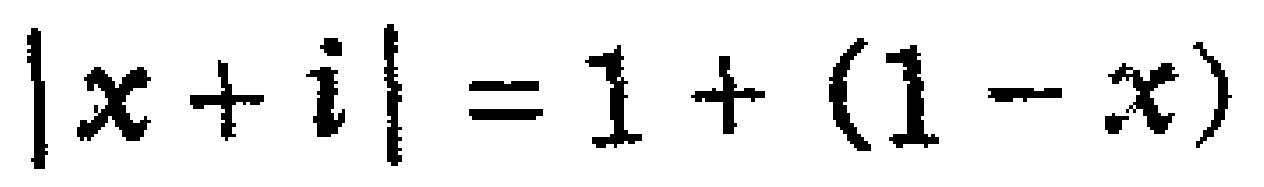
\(|x + i| = 1+(1 - x)\)